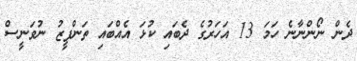
ދެން ނޯންނާނެ ހަމަ 13 އަހަރުގެ ދެބައި ކުޅަ އެއްބައި ތަންފީޒު ނުވަނީސް